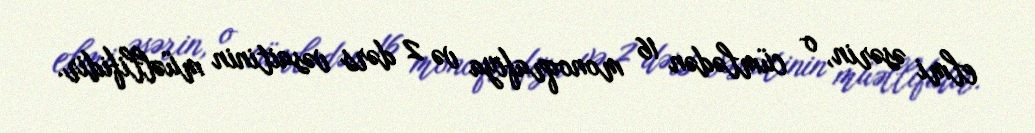
elmi əsərin, o cümlədən 16 monoqrafiya və 2 dərs vəsaitinin müəllifidir.